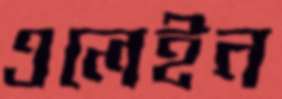
এলেইন